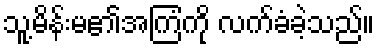
သူ့မိန်းမ၏အကြံကို လက်ခံခဲ့သည်။